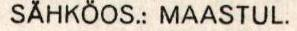
SÄHKÖOS.: MAASTUL.